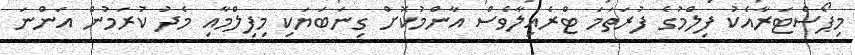
މިޕޯސްޓަރާއެކު ފިލްމުގެ ފުރަތަމަ ޓްރެއިލާވެސް އާންމުކޮށް ގިނަބަޔަކި މިފިލްމާއި މެދު ކުރަމުން އަންނަ